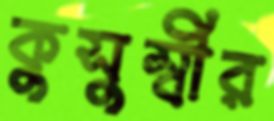
কুসুম্বীর